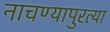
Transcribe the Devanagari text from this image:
नाचण्यापुरत्या